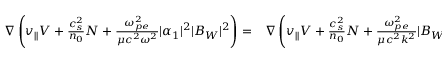
\begin{array} { r l } { \nabla \left( v _ { | | } V + \frac { c _ { s } ^ { 2 } } { n _ { 0 } } N + \frac { \omega _ { p e } ^ { 2 } } { \mu c ^ { 2 } \omega ^ { 2 } } | \alpha _ { 1 } | ^ { 2 } | B _ { W } | ^ { 2 } \right) = } & { { } \nabla \left( v _ { | | } V + \frac { c _ { s } ^ { 2 } } { n _ { 0 } } N + \frac { \omega _ { p e } ^ { 2 } } { \mu c ^ { 2 } k ^ { 2 } } | B _ { W } | ^ { 2 } \right) = 0 \, . } \end{array}